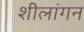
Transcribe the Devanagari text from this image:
शीलांगन